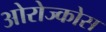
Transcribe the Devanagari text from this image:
ओरोज्कोस